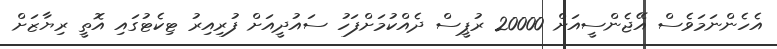
އެހެންނަމަވެސް އޭޖެންސީއަށް 20000 ރުޕީސް ދެއްކުމަށްފަހު ސައުދީއަށް ފުރިއިރު ޓިކެޓުގައި އޮތީ ރިޔާޒަށް